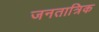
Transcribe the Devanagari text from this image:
जनतात्रिक